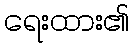
ရေးထား၏